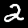
Digit: 2